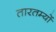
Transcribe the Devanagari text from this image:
तारतम्यों